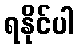
ရနိုင်ပါ